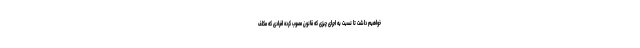
خواهیم داشت تا نسبت به اجرای چیزی که قانون مصوب کرده افرادی که مکلف